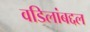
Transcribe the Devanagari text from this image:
वडिलांबद्दल